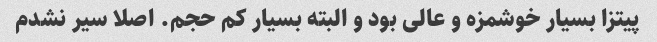
پیتزا بسیار خوشمزه و عالی بود و البته بسیار کم حجم. اصلا سیر نشدم